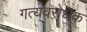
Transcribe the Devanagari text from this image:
गत्यवरोधक